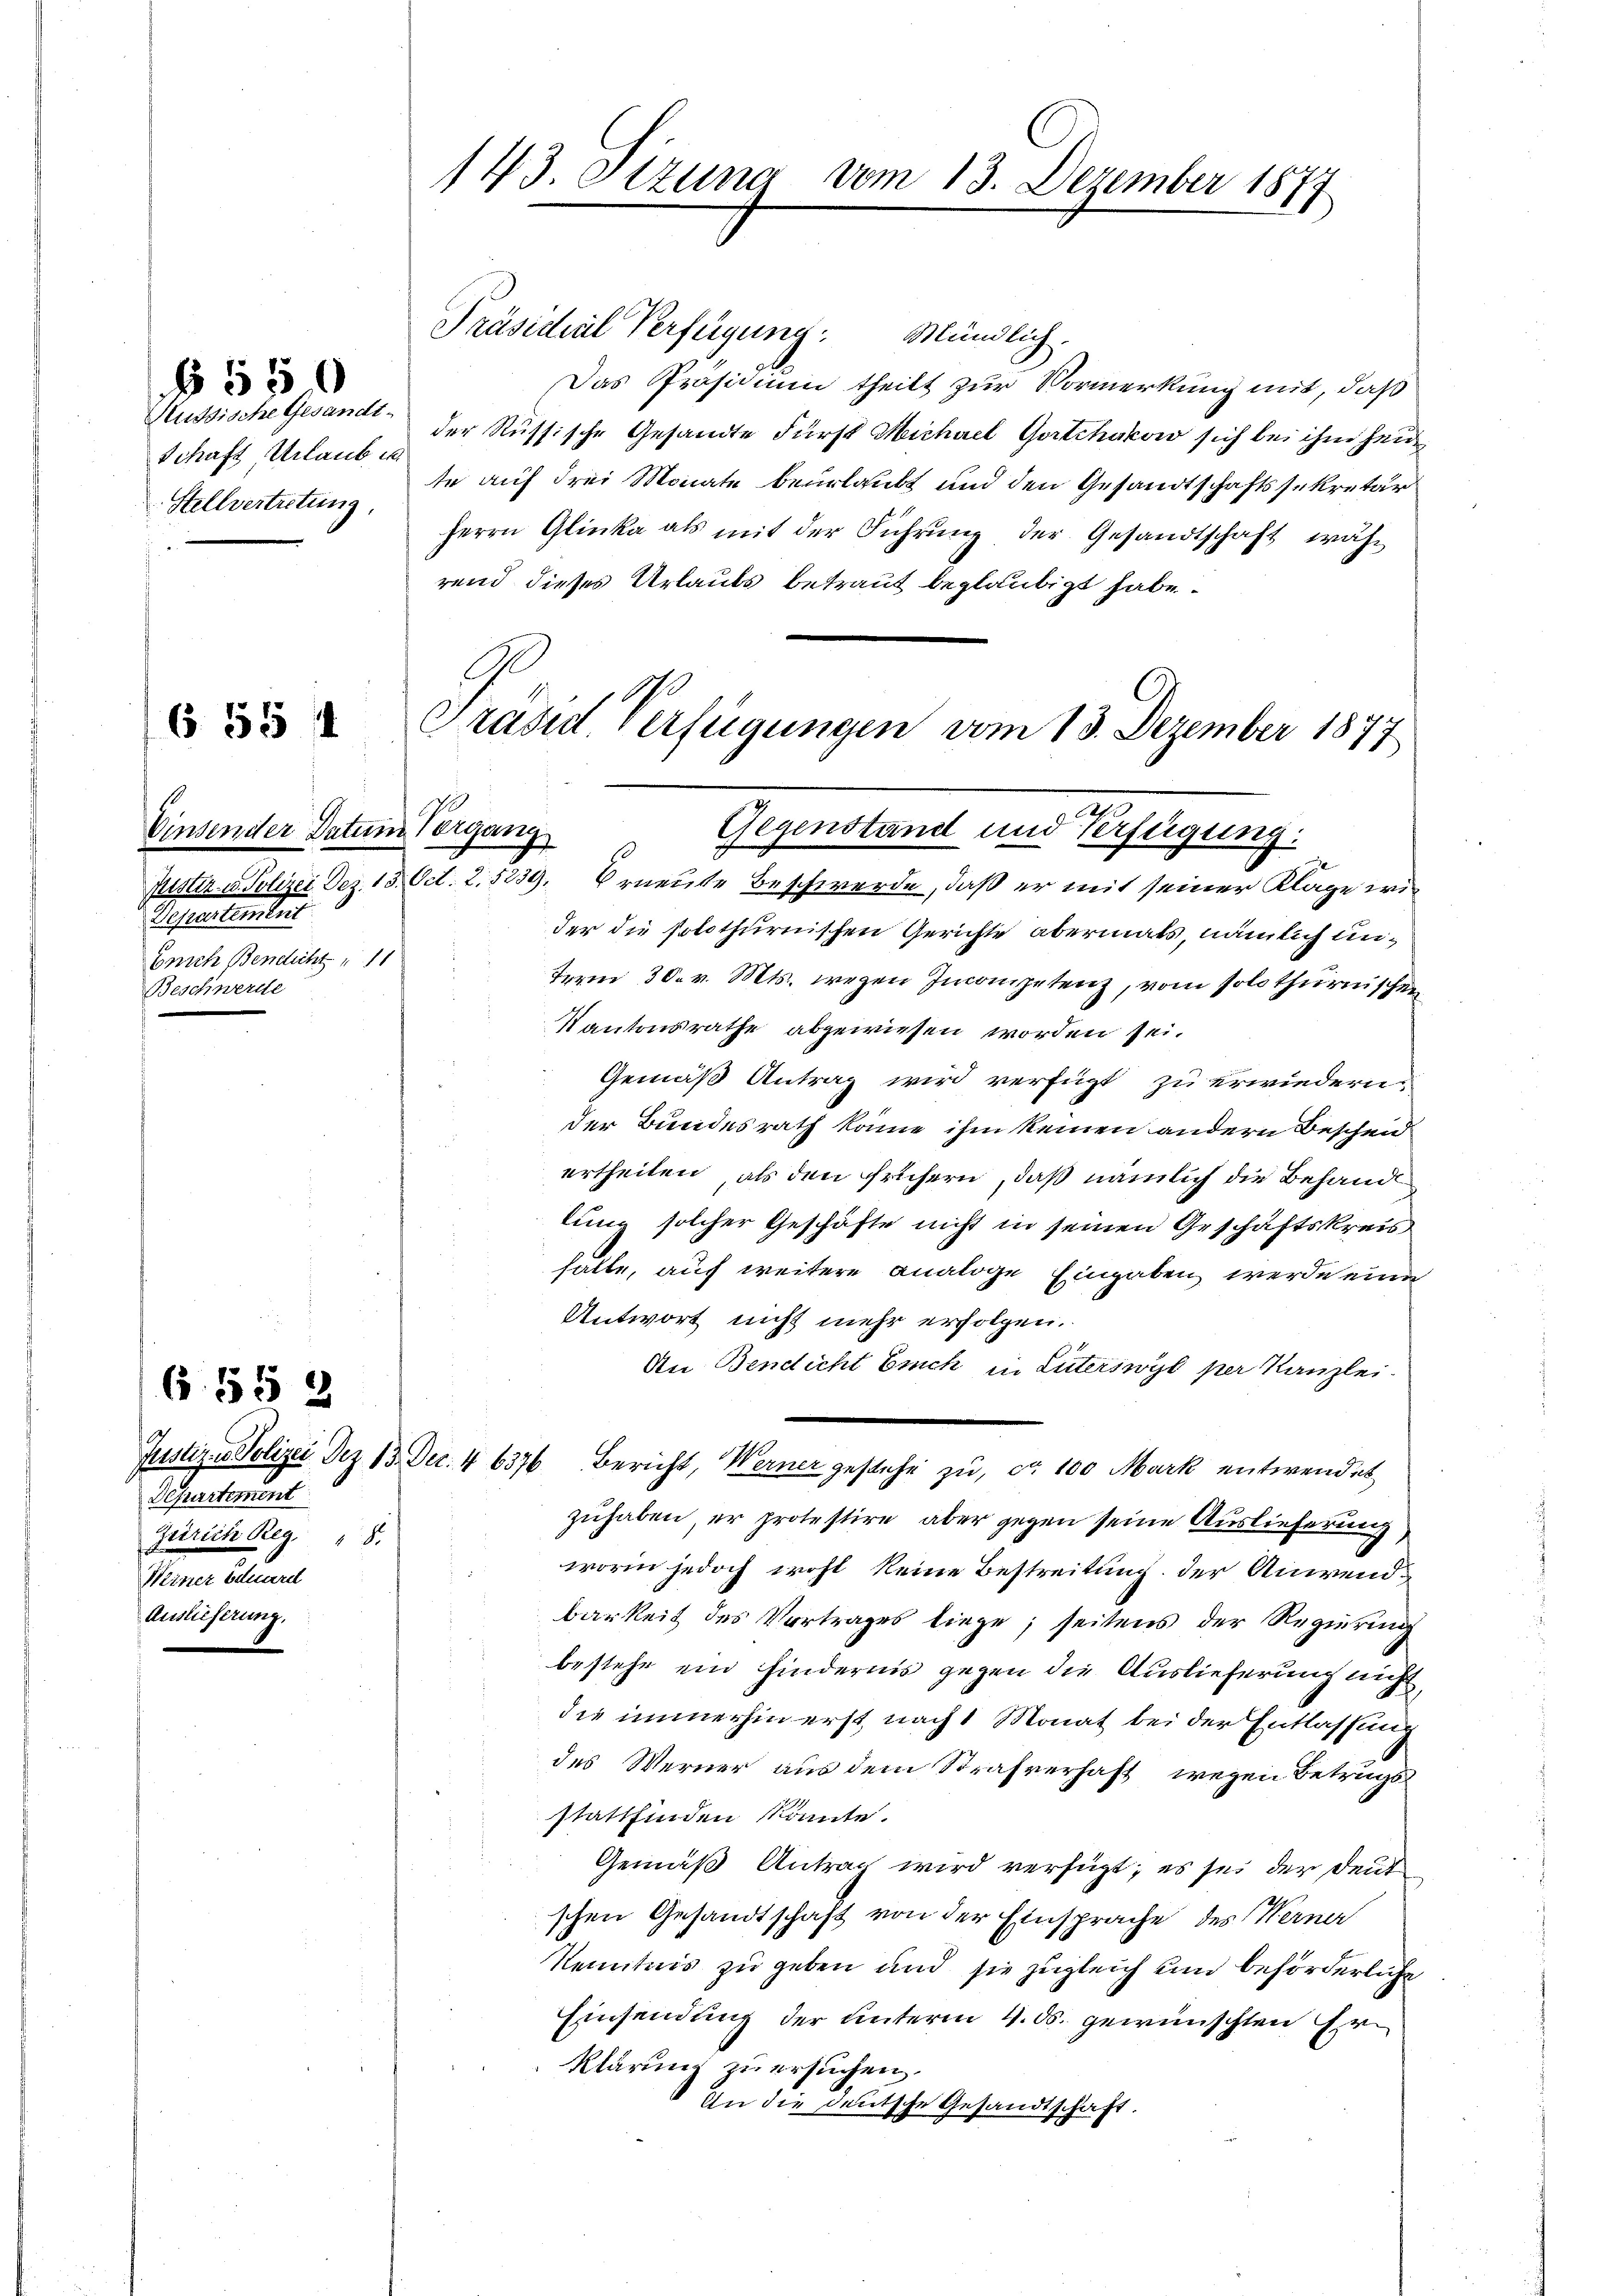
Russische Gesandt-
Schaft, Urlaub u.
Stellvertretung.

655 f

§550

6 §§ 2

Präsidial Verfügung: Mündlich.
Das Präsidium theilt zur Vormerkung mit, daß
der Russische Gesandte Fürst Michael Gortchakow sich bei ihm heu
te auf drei Monate beurlaubt und den Gesandtschaftssekretär
Herrn Glinke als mit der Führung der Gesandtschaft, während dieses Urlaubs betraut beglaubigt habe.
Präsid Verfügungen vom 13. Dezember 1877

Einsender Datum Vorgang
Separtember
brich Bendlicht 11
Beschwerde

Departement
Zürich Reg. 8.
Weiner Eduarel
Auslieferung.

143. Sitzung vom 13. Dezember 1877

.
Gegenstand und Verfügung:
s

Justiz- u. Polizei Dez. 13. Oct. 2.5239. Erneute Beschwerde, daß er mit seiner Klage wie
der die solothurnischen Gerichte abermals, nämlich unterm 30. v. Mts. wegen Inconpetenz, vom solo thurnischen
Kantonsrathe abgewiesen worden sei.
Gemäß Antrag wird verfügt zu erwiedern.
der Bundesrath könne ihm keinen andern Bescheid
ertheilen, als den frühern, daß nämlich die Behand
lung solcher Geschäfte nicht in seinen Geschäftskreis
halte, auf weitere analoge Eingaben werde eine
Antwort nicht mehr erfolgen.
An Bendicht Erich in Luterswyl per Kanzlei-
zuhaben, er protestire aber gegen seine Auslieferung
worin jedoch wohl keine Bestreitung der Anwendbarkeit des Vortrages liege; seitens der Regierung
bestehe ein Hindernis gegen die Auslieferung nicht
die immerhin erst, nach 1 Monat bei der Entlassung
des Werner aus dem Strafverhaft, wegen Betrugsstattfinden könnte.
Gemäß Antrag wird verfügt; es sei der Deut
schen Gesandtschaft von der Einsprache des Werner
Kenntnis zu geben und sie zugleich und beförderliche
Einsendung der unterm 4. ds. gewünschten Er¬
Klärung zu ersuchen.
An die Deutsche Gesandtschaft.

Justiz & Polizei Dez. 13. Dec. 46376 Bericht, Werner gestehe zu, da 100 Mark entwendet